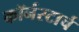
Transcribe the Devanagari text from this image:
कॉर्नस्टार्च